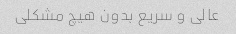
عالی و سریع بدون هیچ مشکلی